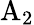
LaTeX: \mathrm{A}_{2}